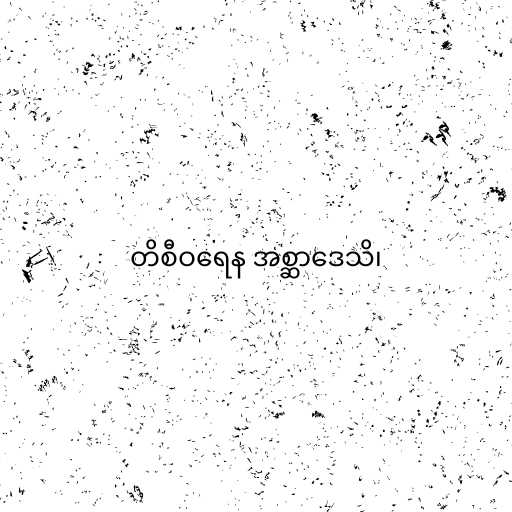
တိစီဝရေန အစ္ဆာဒေသိ၊